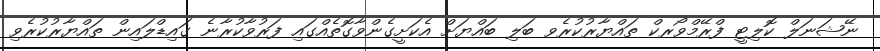
ނޭޝަނަލް ކޮލިޓީ ފްރޭމްވޯރކް ތައްޔާރުކުރެވ ބަލި ބައްޔަށް އެކަށީގެންވާގޮތެއްގައި ފަރުވާކުރާނެ ގައިޑްލައިން ތައްޔާރުކުރެވި